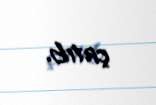
çatıb.